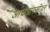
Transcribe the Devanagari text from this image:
आयआरसीवर